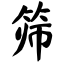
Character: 筛